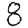
Digit: 8